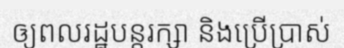
ឲ្យពលរដ្ឋបន្តរក្សា និងប្រើប្រាស់